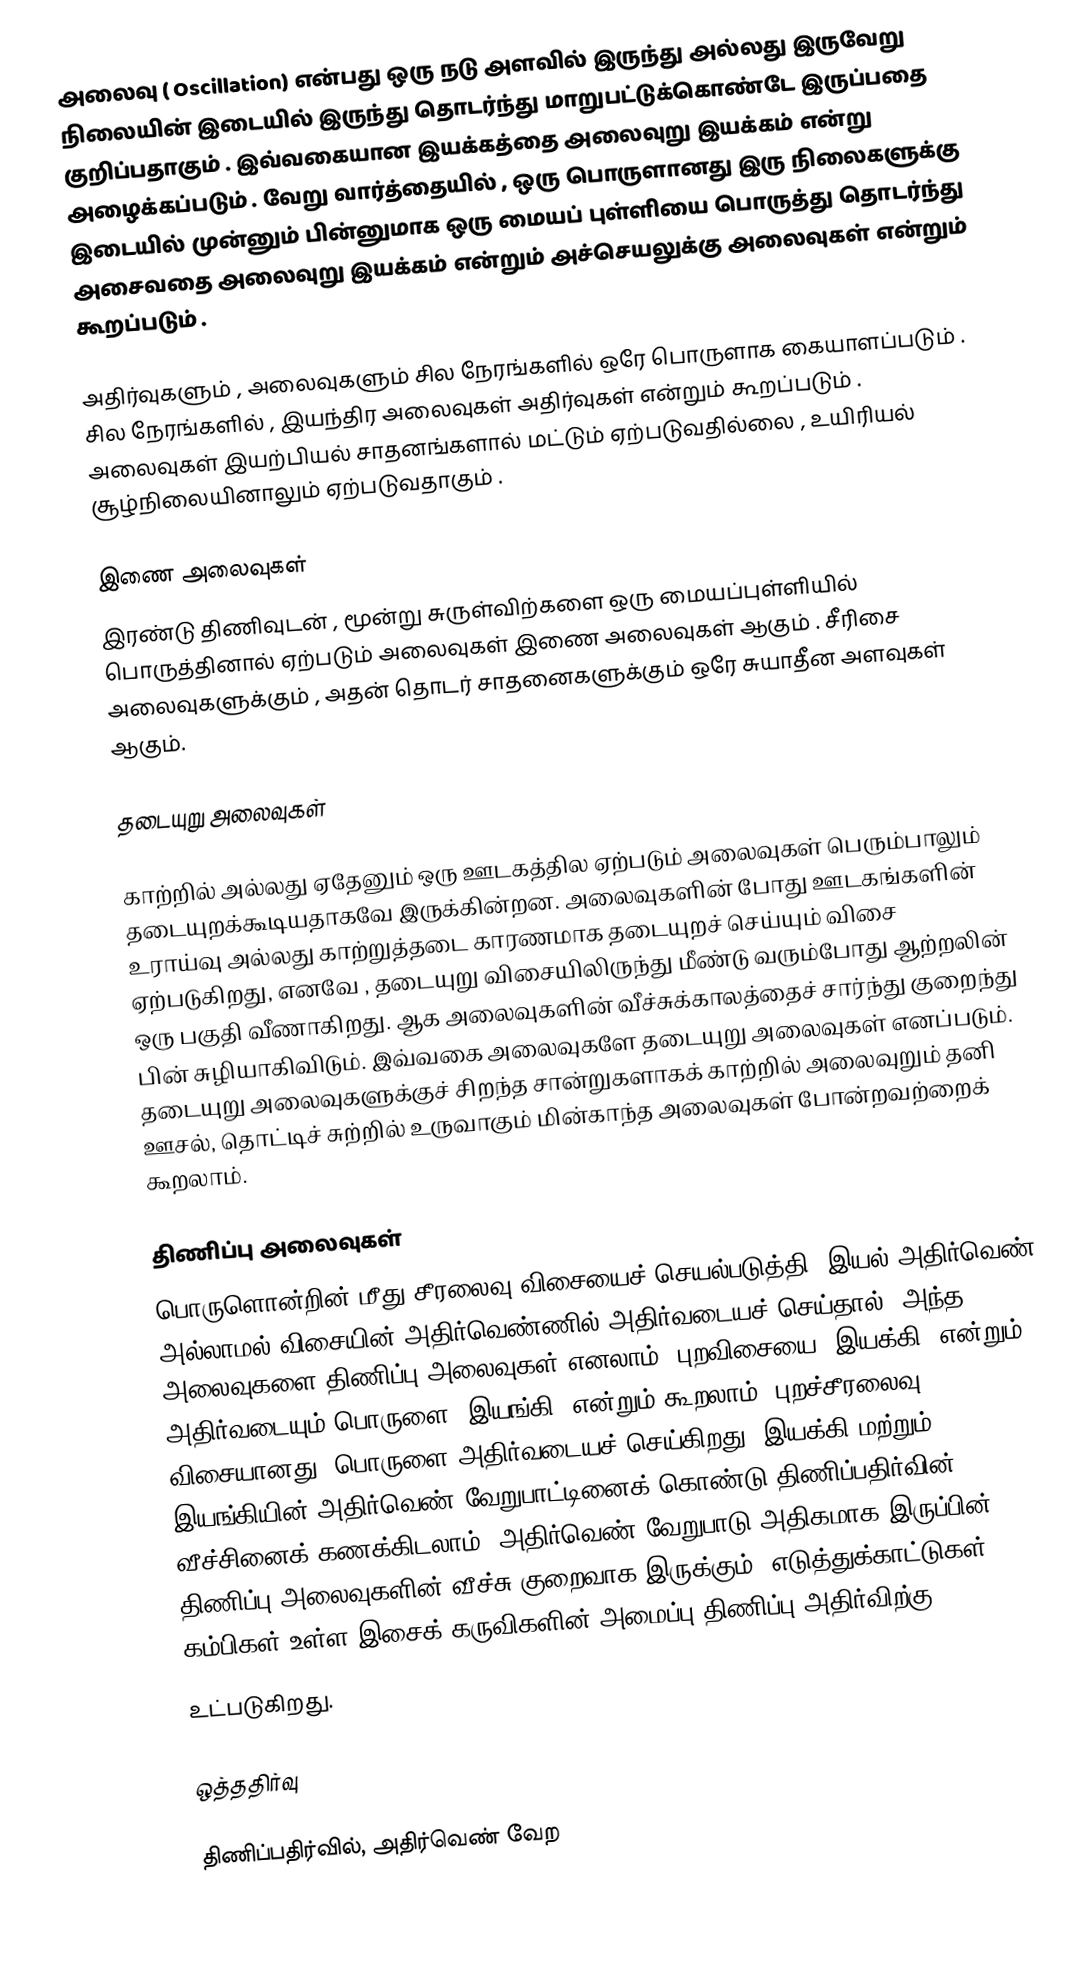
அலைவு ( Oscillation) என்பது ஒரு நடு அளவில் இருந்து அல்லது இருவேறு நிலையின் இடையில் இருந்து தொடர்ந்து மாறுபட்டுக்கொண்டே இருப்பதை குறிப்பதாகும் . இவ்வகையான இயக்கத்தை அலைவுறு இயக்கம் என்று அழைக்கப்படும் . வேறு வார்த்தையில் , ஒரு பொருளானது இரு நிலைகளுக்கு இடையில் முன்னும் பின்னுமாக ஒரு மையப் புள்ளியை பொருத்து தொடர்ந்து அசைவதை அலைவுறு இயக்கம் என்றும் அச்செயலுக்கு அலைவுகள் என்றும் கூறப்படும் .

அதிர்வுகளும் , அலைவுகளும் சில நேரங்களில் ஒரே பொருளாக கையாளப்படும் . சில நேரங்களில் , இயந்திர அலைவுகள் அதிர்வுகள் என்றும் கூறப்படும் . அலைவுகள் இயற்பியல் சாதனங்களால் மட்டும் ஏற்படுவதில்லை , உயிரியல் சூழ்நிலையினாலும் ஏற்படுவதாகும் .

இணை அலைவுகள்
இரண்டு திணிவுடன் , மூன்று சுருள்விற்களை ஒரு மையப்புள்ளியில் பொருத்தினால் ஏற்படும் அலைவுகள் இணை அலைவுகள் ஆகும் . சீரிசை அலைவுகளுக்கும் , அதன் தொடர் சாதனைகளுக்கும் ஒரே சுயாதீன அளவுகள் ஆகும்.

தடையுறு அலைவுகள்

காற்றில் அல்லது ஏதேனும் ஒரு ஊடகத்தில ஏற்படும் அலைவுகள் பெரும்பாலும் தடையுறக்கூடியதாகவே இருக்கின்றன. அலைவுகளின் போது ஊடகங்களின் உராய்வு அல்லது காற்றுத்தடை காரணமாக தடையுறச் செய்யும் விசை ஏற்படுகிறது, எனவே , தடையுறு விசையிலிருந்து மீண்டு வரும்போது ஆற்றலின் ஒரு பகுதி வீணாகிறது. ஆக அலைவுகளின் வீச்சுக்காலத்தைச் சார்ந்து குறைந்து பின் சுழியாகிவிடும். இவ்வகை அலைவுகளே தடையுறு அலைவுகள் எனப்படும். தடையுறு அலைவுகளுக்குச் சிறந்த சான்றுகளாகக் காற்றில் அலைவுறும் தனி ஊசல், தொட்டிச் சுற்றில் உருவாகும் மின்காந்த அலைவுகள் போன்றவற்றைக் கூறலாம்.

திணிப்பு அலைவுகள்
பொருளொன்றின் மீது சீரலைவு விசையைச் செயல்படுத்தி, இயல் அதிர்வெண் அல்லாமல் விசையின் அதிர்வெண்ணில் அதிர்வடையச் செய்தால், அந்த அலைவுகளை திணிப்பு அலைவுகள் எனலாம். புறவிசையை "இயக்கி" என்றும் அதிர்வடையும் பொருளை "இயங்கி" என்றும் கூறலாம். புறச்சீரலைவு விசையானது, பொருளை அதிர்வடையச் செய்கிறது. இயக்கி மற்றும் இயங்கியின் அதிர்வெண் வேறுபாட்டினைக் கொண்டு திணிப்பதிர்வின் வீச்சினைக் கணக்கிடலாம். அதிர்வெண் வேறுபாடு அதிகமாக இருப்பின் திணிப்பு அலைவுகளின் வீச்சு குறைவாக இருக்கும். எடுத்துக்காட்டுகள்: கம்பிகள் உள்ள இசைக் கருவிகளின் அமைப்பு திணிப்பு அதிர்விற்கு
உட்படுகிறது.

ஒத்ததிர்வு

திணிப்பதிர்வில், அதிர்வெண் வேற